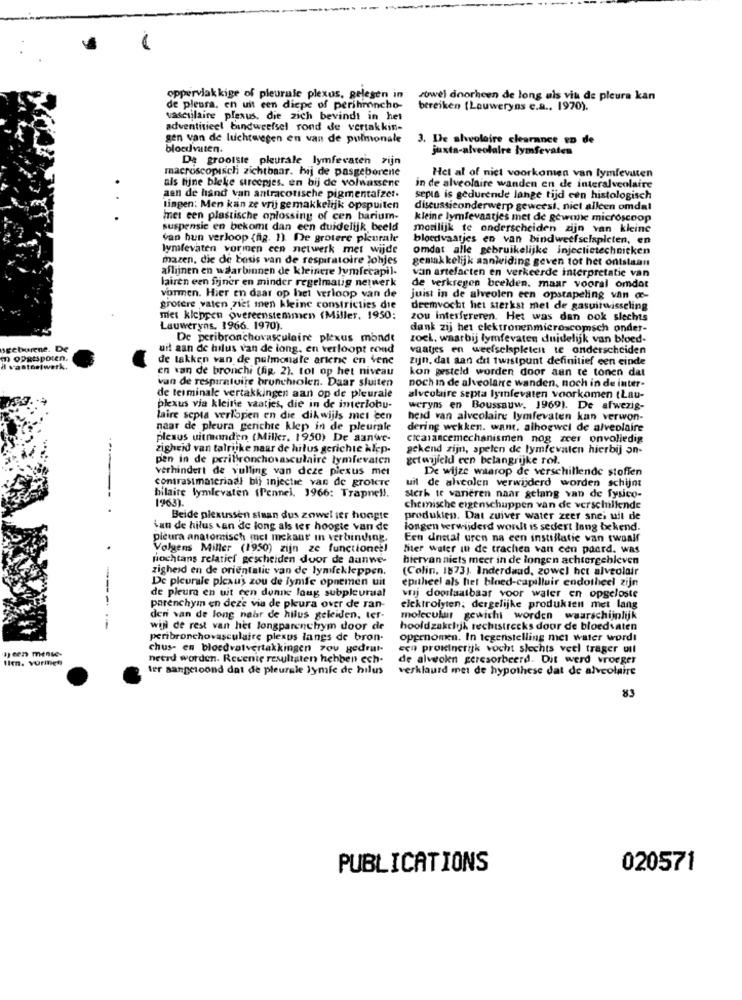
oppervlakkige of pleurale plexus, gelegen in
zowel doorheen de long als vit de pleura kan
de pleura. en uit een diepe of perihmoncho-
bereiken (Lauweryns e.a ., 1970).
vasculaire plexus, die zich bevindt in het
adventisieel bindweefsel rond de vertakkin-
gen van de luchtwegen en van de pulmonale
3. De alvoloire clearance to de
bloedvaten.
juxta-alveolaire lymfevaten
De grootste pleurale lymfevaten zijn
macroscopisch zichtbaar. hij de pasgeborene
als fijne bleke streepjes. en bij de volwassene
Het al of nict voorkomen van lymfevatten
in de alveolaire wanden en de interalveolaire
..
aen de hand van antracotische pigmentafzet.
sepia is gedurende lange tijd een histologisch
lingen: Men kan ze vrij gemakkelijk opspuiten
discussieonderwerp geweest, nict allcen omdal
met een plastische oplossing of cen barium-
kleine lymfevaatjes met de gewone microscoop
suspensie en bekomt dan een duidelijk beeld
morilijk te onderscheiden zijn van kleine
van hun verloop (ag. 1). De grotere plurale
bloedvaatjes en van bindweefselspleten, en
Wmfevaten vormen een netwerk met wijde
omdat alle gebruikelijke injectietechnieken
mazen, die de basis van de respiratoire johjes
gemakkelijk aanleiding geven tot het ontslaan
aflijnen en waarbinnen de kleinere lymfecapil-
van artefacten en verkeerde interpretatie van
lairen een fijner en minder regelmatig netwerk
vormen. Hier en daar op het verloop van de
de verkregen beelden. maar vooral omdat
juist in de alveolen een opstapeling van de-
grotere vaten ziet men kleine constricties die
deemvocht het sterkst met de gasuitwisseling
met kleppen overeenstemmen (Milles, 1950:
zou interfereren. Het was dan ook slechts
Lauweryns. 1966. 1970).
dank zij het elektronenmicroscomsch onder-
De peribronchovasculaire plexus monde
zoek. waarbij lymfevaten duidelijk van bloed-
nsgeborene. De
uit aan de hilus van de long, en verloopt rond
vaatjes en weefselspletent te onderscheiden
D opgespoten.
de lakken van de pulmonale artene en vene
zijn, dat aan dil twistpunt definitief een einde
i vastosiwerk.
en van de bronchi (fig. 2). tot op het niveau
kon gesteld worden door aan te tonen dat
van de respiratoire brunchiolen. Daar sluiten
noch in de alveolaire wanden, noch in de inter-
de terminale vertakkingen aan op de pleurale
alveolaire septa lyinfevaten voorkomen (Lau-
plexus via kleine vaatjes, die in de interlobu-
weryns en Boussauw, 1969). De afwezig-
laire scpla verlopen en die dikwijls met cen
heid van alveolaire lymfevaten kan verwon-
naar de pleura gerichte klep in de pleurale
dering wekken. want, alhoewel de alveolaire
plexus uitmonden (Miller, 1950) De aanwe-
cicalancemechanismen nog zeer onvolledig
zigheid van talrijke naar de hilus gerichte klep-
gekend zijn, spelen de lymfevalen hierbij on-
pen in de periBronchovasculaire lymfevaten
getwijfeld een belangrijke rol.
verhindert de vulling van deze plexus met
De wijze waarop de verschillende stoffen
contrastmateriaal bij injectie van de groteTe
uil de alveolen verwijderd worden schijnt
hilaire lymlevaten (Pennel, 3966: Trapne !!.
1963).
Sterk te varieren naar gelang van de fysico-
chemische eigenschappen van de verschillende
Beide plexussen sinan dus zowel ier hoogte
produkten. Dat zuiver water zeer snel uit de
Lan de hilus van de long als ter hoogte van de
longen verwijderd wordt is sedert lang bekend.
pleura anatomisch mel mekant in verbinding.
Een dristal uren na een instillatie van twaalf
Volgens Miller (1950) zijn ze functionet!
hier water in de trachen van een paard. was
nochtans relatief gescheiden door de aanwe-
hiervan niets meer in de longen achtergebleven
zigheid en de orientatie van de lymfekleppen.
(Colin, 1873). Inderdaad, zowel hct alveolair
epitheel als het bloed-capilluir endotheel zijn
de pleura en uit een dunne loug subpleurual
De picurale plexus zou de lymfe opnemen uit
---
vrij doorlaatbaar voor waler en opgeloste
parenchym en deze via de pleura over de ran-
elektrolyten; dergelijke produkten met lang
den van de long nahr de hilus geleiden, ter-
molecular gewicht worden waarschijnlijk
-
wiji de rest van het longparenchym door de
hoofdzakelijk rechtstreeks door de bloedvaten
peribronchovasculaire plexus langs de bron-
opgenomen. In tegenstelling met water wordt
a) een mense-
chus- en bloedvatvertakkingen you gedrut.
eci prokinerijk vocht slechts veel trager uit
Ilm. vurinen
neerd worden. Recente resultaten hebben ech-
de alveoken geresorbeerd. Dit werd vroeger
ler aangetoond dat de pleurale lymfe de hilus
verklaurd met de hypothese dat de alveolaire
83
PUBLICATIONS
020571